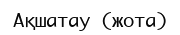
Ақшатау (жота)